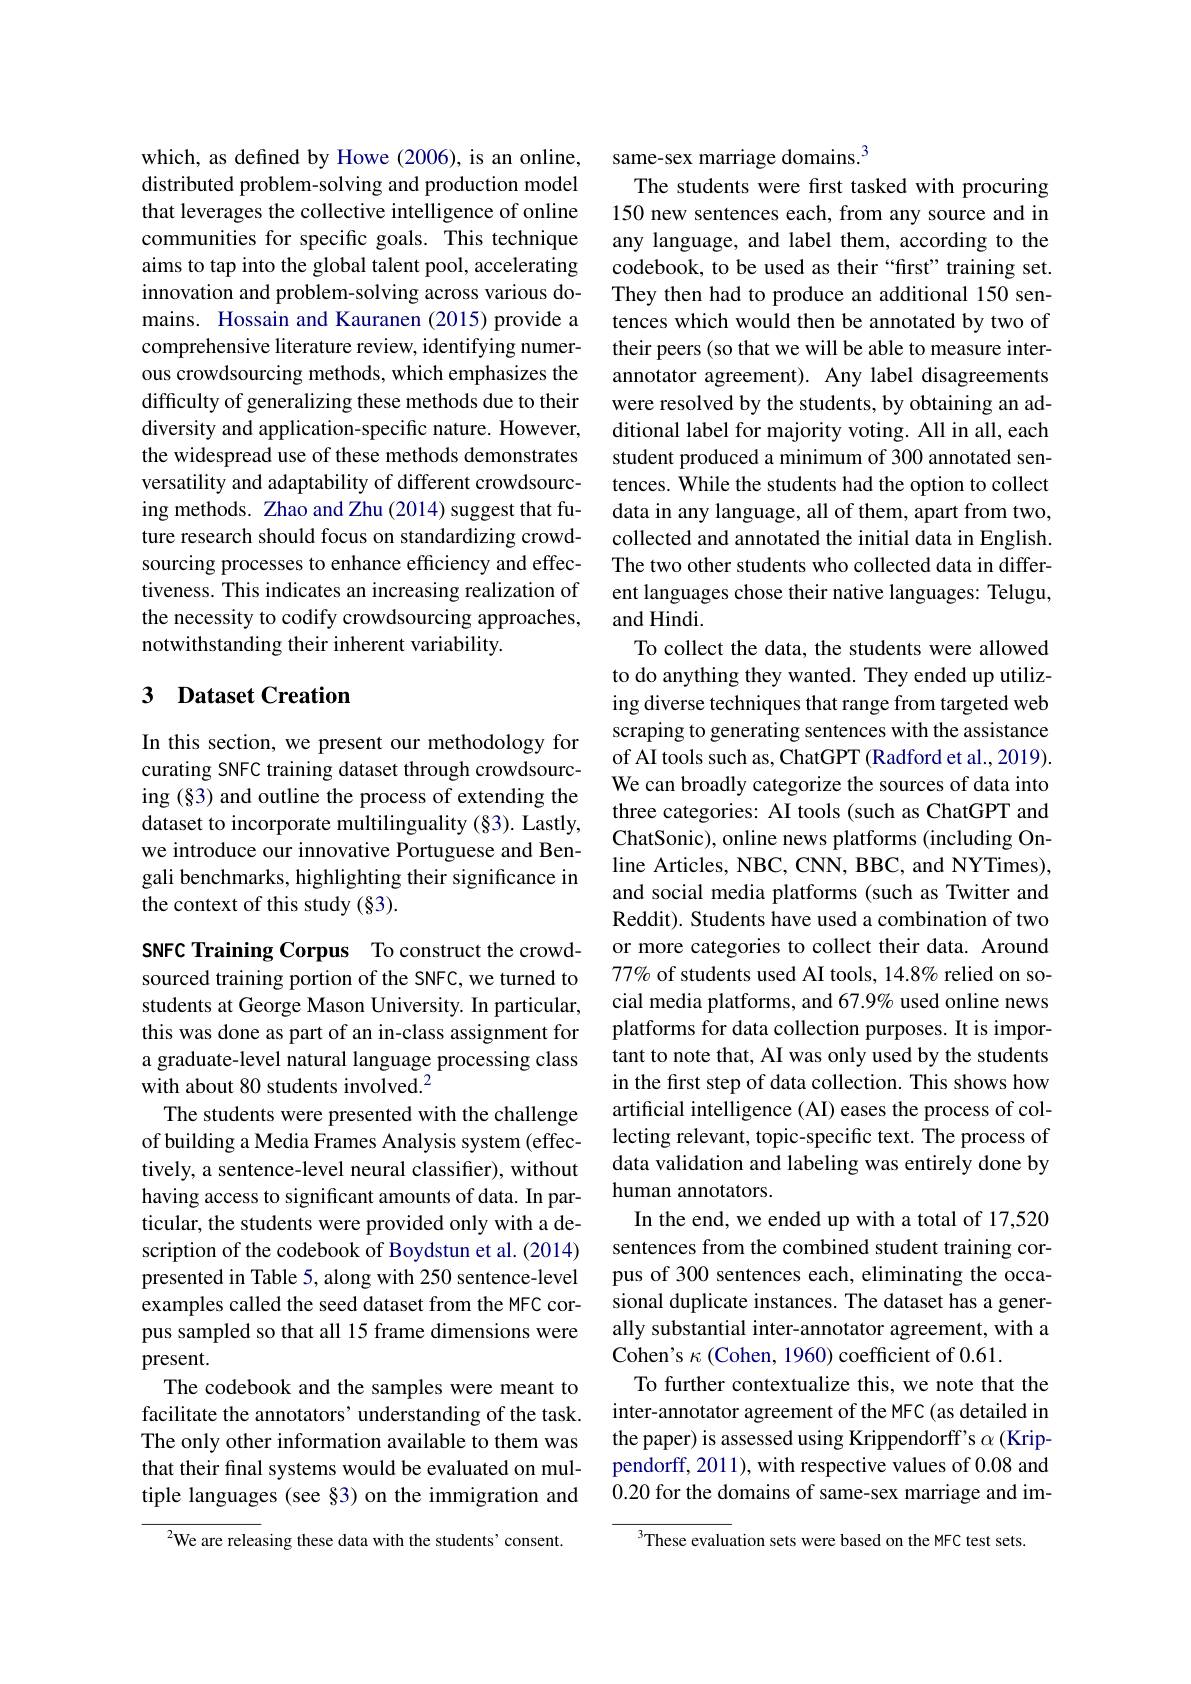
which, as defined by Howe (2006), is an online, distributed problem-solving and production model that leverages the collective intelligence of online communities for specific goals. This technique aims to tap into the global talent pool, accelerating innovation and problem-solving across various domains. Hossain and Kauranen (2015) provide a comprehensive literature review, identifying numerous crowdsourcing methods, which emphasizes the difficulty of generalizing these methods due to their diversity and application-specific nature. However, the widespread use of these methods demonstrates versatility and adaptability of different crowdsourcing methods. Zhao and Zhu (2014) suggest that future research should focus on standardizing crowdsourcing processes to enhance efficiency and effectiveness. This indicates an increasing realization of the necessity to codify crowdsourcing approaches, notwithstanding their inherent variability.

## 3 Dataset Creation

In this section, we present our methodology for curating SNFC training dataset through crowdsourcing (§3) and outline the process of extending the dataset to incorporate multilinguality (§3). Lastly, we introduce our innovative Portuguese and Bengali benchmarks, highlighting their significance in the context of this study (§3).

SNFC Training Corpus To construct the crowdsourced training portion of the SNFC, we turned to students at George Mason University. In particular, this was done as part of an in-class assignment for a graduate-level natural language processing class with about 80 students involved.$^2$
The students were presented with the challenge of building a Media Frames Analysis system (effectively, a sentence-level neural classifier), without having access to significant amounts of data. In particular, the students were provided only with a description of the codebook of Boydstun et al. (2014) presented in Table 5, along with 250 sentence-level examples called the seed dataset from the MFC corpus sampled so that all 15 frame dimensions were present.
The codebook and the samples were meant to facilitate the annotators' understanding of the task. The only other information available to them was that their final systems would be evaluated on multiple languages (see §3) on the immigration and

$^{2}$We are releasing these data with the students'consent.

same-sex marriage domains.$^{3}$
The students were first tasked with procuring 150 new sentences each, from any source and in any language, and label them, according to the codebook, to be used as their “first” training set. They then had to produce an additional 150 sentences which would then be annotated by two of their peers (so that we will be able to measure interannotator agreement). Any label disagreements were resolved by the students, by obtaining an additional label for majority voting. All in all, each student produced a minimum of 300 annotated sentences. While the students had the option to collect data in any language, all of them, apart from two, collected and annotated the initial data in English. The two other students who collected data in different languages chose their native languages: Telugu, and Hindi.
To collect the data, the students were allowed to do anything they wanted. They ended up utilizing diverse techniques that range from targeted web scraping to generating sentences with the assistance of AI tools such as, ChatGPT (Radford et al., 2019). We can broadly categorize the sources of data into three categories: AI tools (such as ChatGPT and ChatSonic), online news platforms (including Online Articles, NBC, CNN, BBC, and NYTimes), and social media platforms (such as Twitter and Reddit). Students have used a combination of two or more categories to collect their data. Around 77% of students used AI tools, 14.8% relied on social media platforms, and 67.9% used online news platforms for data collection purposes. It is important to note that, AI was only used by the students in the first step of data collection. This shows how artificial intelligence (AI) eases the process of collecting relevant, topic-specific text. The process of data validation and labeling was entirely done by human annotators.
In the end, we ended up with a total of 17,520 sentences from the combined student training corpus of 300 sentences each, eliminating the occasional duplicate instances. The dataset has a generally substantial inter-annotator agreement, with a Cohen's $\kappa$ (Cohen, 1960) coefficient of 0.61.
To further contextualize this, we note that the inter-annotator agreement of the MFC (as detailed in the paper) is assessed using Krippendorff's $\alpha$(Krippendorff, 2011), with respective values of 0.08 and 0.20 for the domains of same-sex marriage and im-
These evaluation sets were based on the MFC test sets.